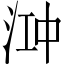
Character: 𬇧